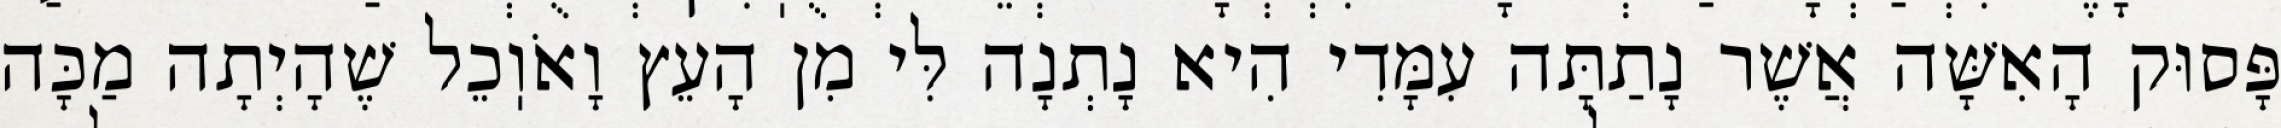
פָּסוּק הָאִשָּׁה אֲשֶׁר נָתַתָּה עִמָּדִי הִיא נָתְנָה לִּי מִן הָעֵץ וָאֹוֽכֵל שֶׁהָיְתָה מַכָּה